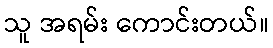
သူ အရမ်း ကောင်းတယ်။